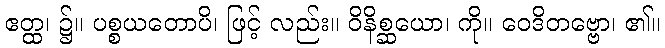
ဧတ္ထ၊ ၌။ ပစ္စယတောပိ၊ ဖြင့် လည်း။ ဝိနိစ္ဆယော၊ ကို။ ဝေဒိတဗ္ဗော၊ ၏။